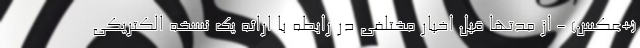
(+عکس) - از مدتها قبل اخبار مختلفی در رابطه با ارائه یک نسخه الکتریکی